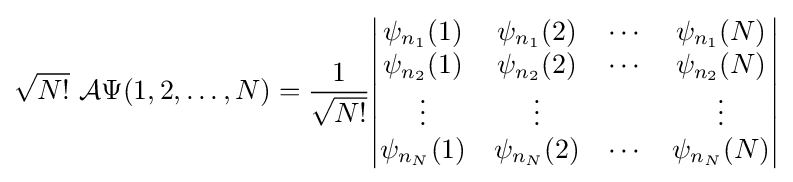
{\sqrt {N!}}\ {\mathcal {A}}\Psi (1,2,\ldots ,N)={\frac {1}{\sqrt {N!}}}{\begin{vmatrix}\psi _{n_{1}}(1)&\psi _{n_{1}}(2)&\cdots &\psi _{n_{1}}(N)\\\psi _{n_{2}}(1)&\psi _{n_{2}}(2)&\cdots &\psi _{n_{2}}(N)\\\vdots &\vdots &&\vdots \\\psi _{n_{N}}(1)&\psi _{n_{N}}(2)&\cdots &\psi _{n_{N}}(N)\\\end{vmatrix}}